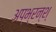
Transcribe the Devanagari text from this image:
अप्भ्रन्श्